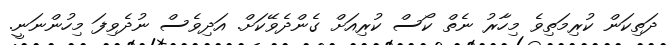
ދަތިކަން ކުރިމަތިވެ މިހާރު ނެތް ކޯސް ކުރިއަށް ގެންދެވޭކަށް. އަދިވެސް ނުދެވިފަ މިހުންނަނީ.